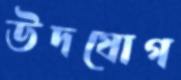
উদযোগ